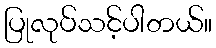
ပြုလုပ်သင့်ပါတယ်။